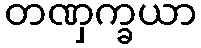
တဏှက္ခယာ